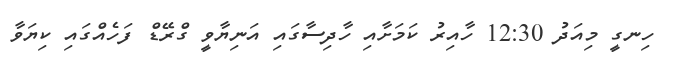
ހިނގީ މިއަދު 12:30 ހާއިރު ކަމަށާއި ހާދިސާގައި އަނިޔާވީ ގްރޭޑް ފަހެއްގައި ކިޔަވާ